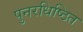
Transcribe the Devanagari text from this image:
पुनरधिष्ठित